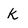
Character: k